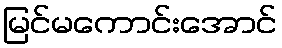
မြင်မကောင်းအောင်